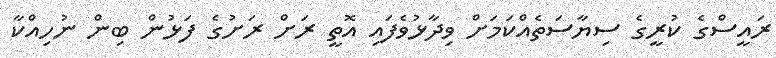
ރައީސްގެ ކުރީގެ ސިޔާސަތެއްކަމަށް ވިދާޅުވެފައި އޮތީ ރަށް ރަށުގެ ފަޅުން ބިން ނުހިއްކާ